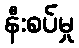
နီးစပ်မှု